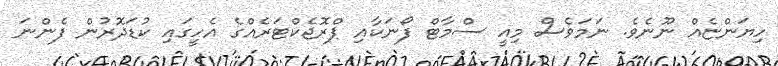
ހިޔަންޏެއް ނޫނެވެ. ނަމަވެސް މިއީ ސްމާޓް ފޯނަކާއި ޕްރޮޖެކްޓަރެއްގެ އެހީގައި ކުޑަދޮރުން ފެންނަ